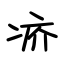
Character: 疥